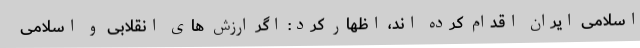
اسلامی ایران اقدام کرده اند، اظهار کرد: اگر ارزش های انقلابی و اسلامی